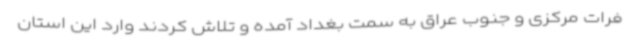
فرات مرکزی و جنوب عراق به سمت بغداد آمده و تلاش کردند وارد این استان